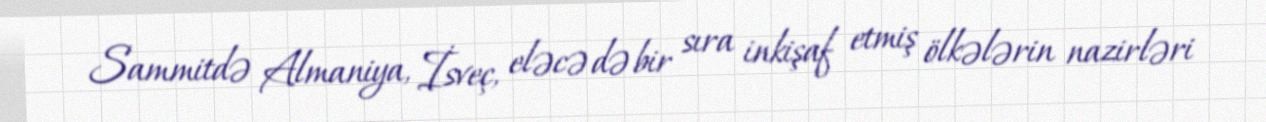
Sammitdə Almaniya, İsveç, eləcə də bir sıra inkişaf etmiş ölkələrin nazirləri